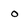
Character: o